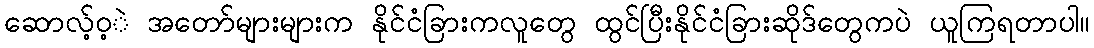
ဆောလ့်ဝ့ဲ အတော်များများက နိုင်ငံခြားကလူတွေ ထွင်ပြီးနိုင်ငံခြားဆိုဒ်တွေကပဲ ယူကြရတာပါ။